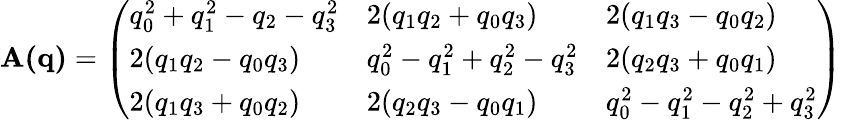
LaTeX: \begin{array}{r}{\mathbf{A(q)}=\left(\begin{array}{lll}{q_{0}^{2}+q_{1}^{2}-q_{2}-q_{3}^{2}}&{2(q_{1}q_{2}+q_{0}q_{3})}&{2(q_{1}q_{3}-q_{0}q_{2})}\\ {2(q_{1}q_{2}-q_{0}q_{3})}&{q_{0}^{2}-q_{1}^{2}+q_{2}^{2}-q_{3}^{2}}&{2(q_{2}q_{3}+q_{0}q_{1})}\\ {2(q_{1}q_{3}+q_{0}q_{2})}&{2(q_{2}q_{3}-q_{0}q_{1})}&{q_{0}^{2}-q_{1}^{2}-q_{2}^{2}+q_{3}^{2}}\end{array}\right)}\end{array}